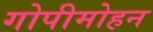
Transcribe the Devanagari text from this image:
गोपीमोहन